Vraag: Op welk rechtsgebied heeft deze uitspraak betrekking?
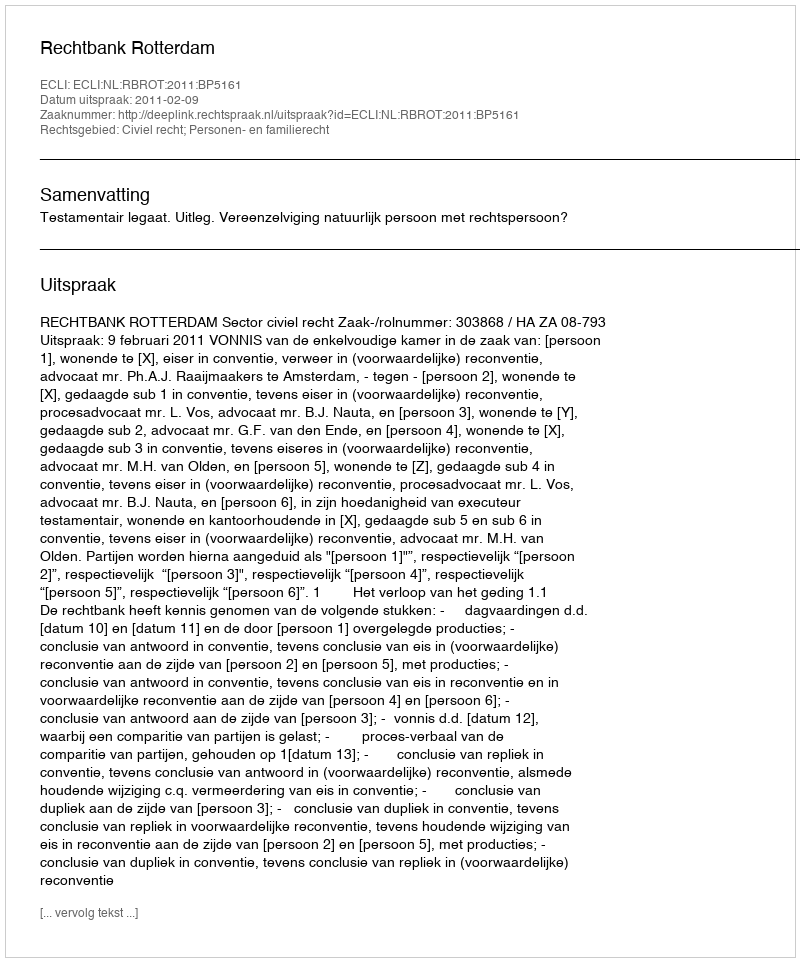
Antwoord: Civiel recht; Personen- en familierecht